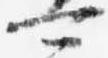
可